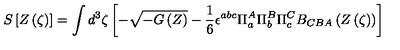
S \left[ Z \left( \zeta \right) \right] = \int d ^ { 3 } \zeta \left[ - \sqrt { - G \left( Z \right) } - { \frac { 1 } { 6 } } \epsilon ^ { a b c } \Pi _ { a } ^ { A } \Pi _ { b } ^ { B } \Pi _ { c } ^ { C } B _ { C B A } \left( Z \left( \zeta \right) \right) \right]